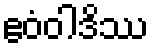
ဧဝံဝါဒိဿ